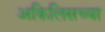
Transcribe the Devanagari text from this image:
अकिलिसच्या